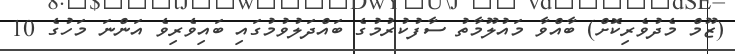
(ޒޫމް މެދުވެރިކޮށް) ބާއްވާ މައުލޫމާތު ސާފުކުރުމުގެ ބައްދަލުވުމުގައި ބައިވެރިވެ އަންނަ މަހުގެ 10